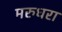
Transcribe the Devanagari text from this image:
मरुधरा